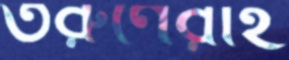
তরুণেরাই